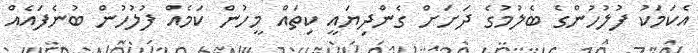
އެކަމަކު ފުލުހުންގެ ބެލުމުގެ ދަށަށް ގެންދިޔައީ ކިތައް މީހުން ކަމެއް ފުލުހުން ބުނެފައެއް